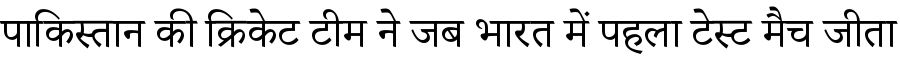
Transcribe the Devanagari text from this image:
पाकिस्तान की क्रिकेट टीम ने जब भारत में पहला टेस्ट मैच जीता